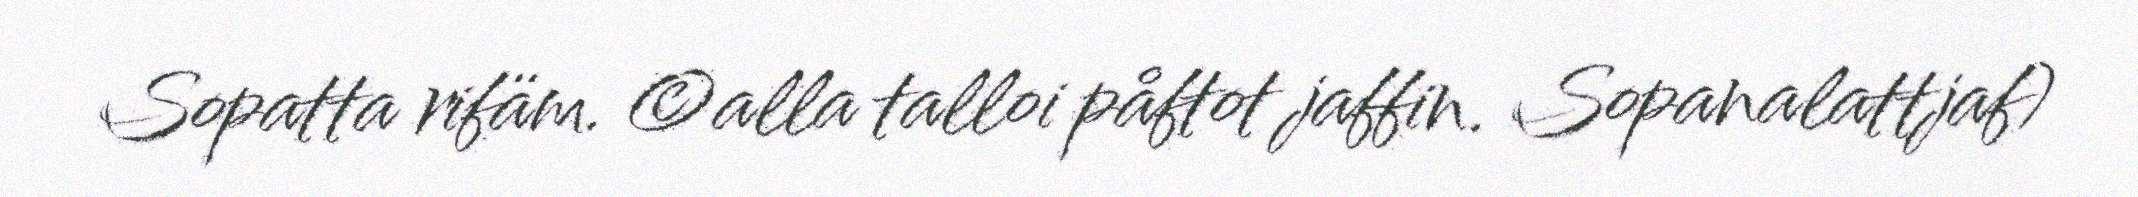
Sopatta rifäm. ©alla talloi påftot jaffin. Sopanalattjaf)